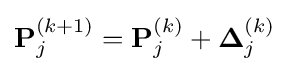
\mathbf {P} _{j}^{(k+1)}=\mathbf {P} _{j}^{(k)}+\mathbf {\Delta } _{j}^{(k)}